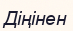
Діңінен